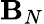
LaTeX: \mathbf{B}_{N}